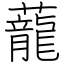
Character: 蘢